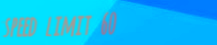
speed limit 60